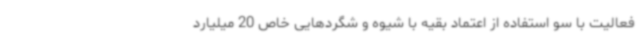
فعالیت با سو استفاده از اعتماد بقیه با شیوه و شگردهایی خاص 20 میلیارد